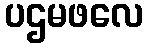
ပဌမဖလေ